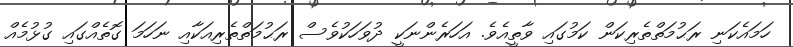
ހަމައެކަނި ރަޙުމަތްތެރިކަން ކަމުގައި ވާތީއެވެ. އަހަރެންނަކީ ދުވަހަކުވެސް ރަޙުމަތްތެރިއަކާއި ނަހަމަ ގޮތެއްގައި ގުޅުމެއް